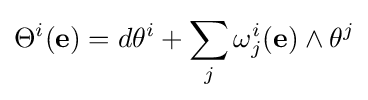
\Theta ^{i}(\mathbf {e} )=d\theta ^{i}+\sum _{j}\omega _{j}^{i}(\mathbf {e} )\wedge \theta ^{j}